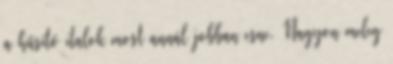
a hűsítő italok most annál jobban esne. Nagyon meleg